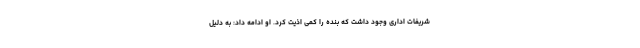
شریفات اداری وجود داشت که بنده را کمی اذیت کرد. او ادامه داد: به دلیل